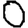
Digit: 0